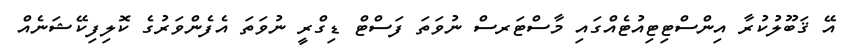
އޭ ޤަބޫލުކުރާ އިންސްޓިޓިއުޓެއްގައި މާސްޓަރސް ނުވަތަ ފަސްޓް ޑިގްރީ ނުވަތަ އެފެންވަރުގެ ކޮލިފިކޭޝަނެއް